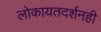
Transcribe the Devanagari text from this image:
लोकायतदर्शनही